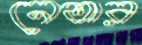
নেতার